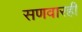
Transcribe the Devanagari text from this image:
सणवारही